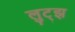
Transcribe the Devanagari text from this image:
लुट्झ